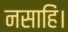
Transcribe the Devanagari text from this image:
नसाहिं।